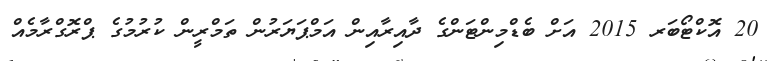
20 އޮކްޓޯބަރ 2015 އަށް ބެޑްމިންޓަންގެ ދާއިރާއިން އަމްޕަޔަރުން ތަމްރީން ކުރުމުގެ ޕްރޮގްރާމެއް